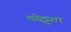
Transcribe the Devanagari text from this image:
कोट्टरम